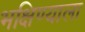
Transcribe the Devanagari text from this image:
भक्षिण्याला